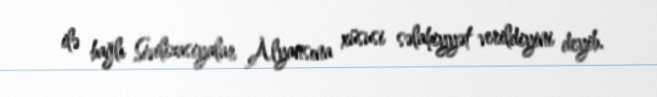
ilə bağlı Sivilizasiyalar Alyansına xüsusi səlahiyyət verildiyini deyib.